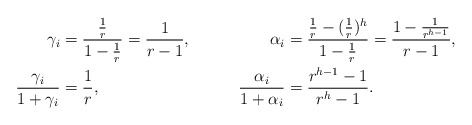
\begin{align*}\gamma_i&=\frac{\frac1r}{1-\frac1r}=\frac1{r-1},&\alpha_i&=\frac{\frac1r-(\frac1r)^h}{1-\frac1r}=\frac{1-\frac1{r^{h-1}}}{r-1},\\\frac{\gamma_i}{1+\gamma_i}&=\frac 1r,&\frac{\alpha_i}{1+\alpha_i}&=\frac{r^{h-1}-1}{r^h-1}.\end{align*}